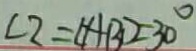
\angle 2 = \angle A B D = 3 0 ^ { \circ }